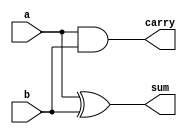
//Full Adder Gate-Level Modeling using 2 Half Adders
module HalfAdder(sum,carry,a,b);
  output sum,carry;
  input a,b;
  assign sum = a^b;
  assign carry = a&b;
endmodule

module FullAdder_using2halfadders(sum,carry,a,b,Cin);
  output sum,carry;
  input a,b,Cin;
  wire s1,c1,c2;
  HalfAdder HA1(s1,c1,a,b);
  HalfAdder HA2(sum,c2,s1,Cin);
  or g1(carry,c1,c2);
endmodule